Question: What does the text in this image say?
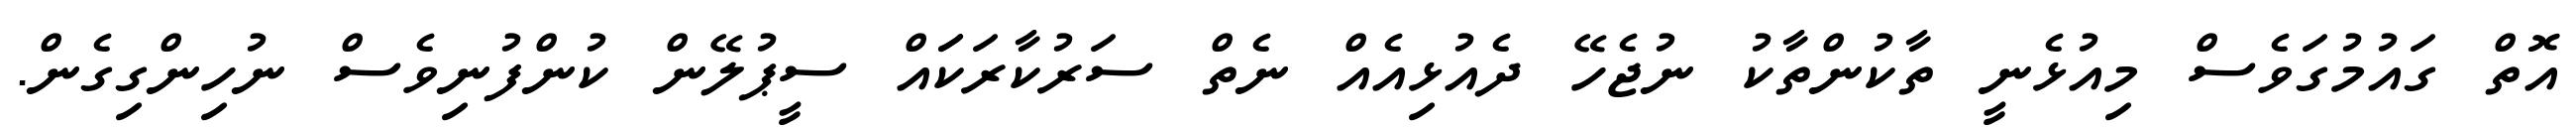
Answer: އޮތް ގައުމުގަވެސް މިއުޅެނީ ތާކުންތާކު ނުޖެހޭ ދެއުޅިއެއް ނެތް ސަރުކާރަކަައް ސީޕުލޭން ކުންފުނިވެސް ނުހިންގިގެން.